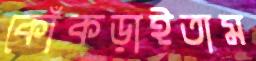
কোঁকড়াইতাম